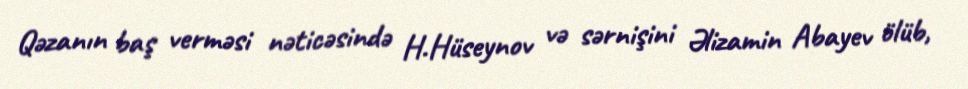
Qəzanın baş verməsi nəticəsində H.Hüseynov və sərnişini Əlizamin Abayev ölüb,